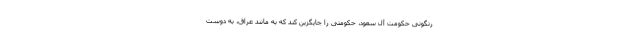
رنگونی حکومت آل سعود، حکومتی را جایگزین کند که به مانند عراق، به دوست